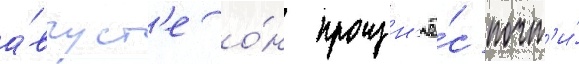
а́вгуст'е о́н произн'ё́с почт'и́